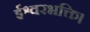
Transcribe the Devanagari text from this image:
ईश्वरभक्ति।